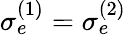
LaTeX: \sigma_{e}^{(1)}=\sigma_{e}^{(2)}